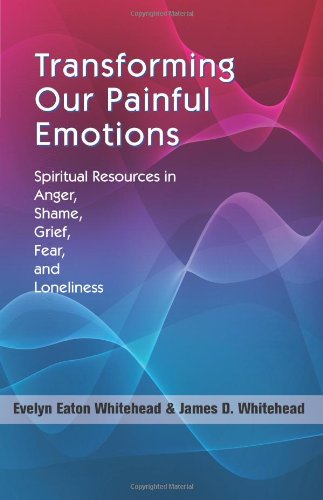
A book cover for Transforming Our Painful Emotions: Spiritual Resources in Anger, Shame, Grief, Fear and Loneliness; James D. Whitehead; Christian Books & Bibles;